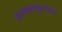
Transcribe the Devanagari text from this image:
हलक्याफुलक्या